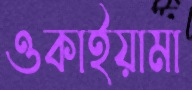
ওকাইয়ামা